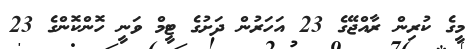
މީގެ ކުރިން ރާއްޖޭގެ 23 އަހަރުން ދަށުގެ ޓީމް ވަނީ ހޮންކޮންގެ 23